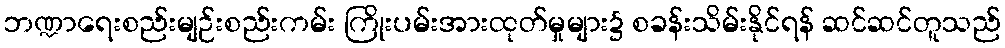
ဘဏ္ဍာရေးစည်းမျဉ်းစည်းကမ်း ကြိုးပမ်းအားထုတ်မှုများ၌ စခန်းသိမ်းနိုင်ရန် ဆင်ဆင်တူသည်